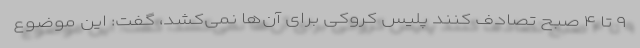
۹ تا ۴ صبح تصادف کنند پلیس کروکی برای آن‌ها نمی‌کشد، گفت: این موضوع